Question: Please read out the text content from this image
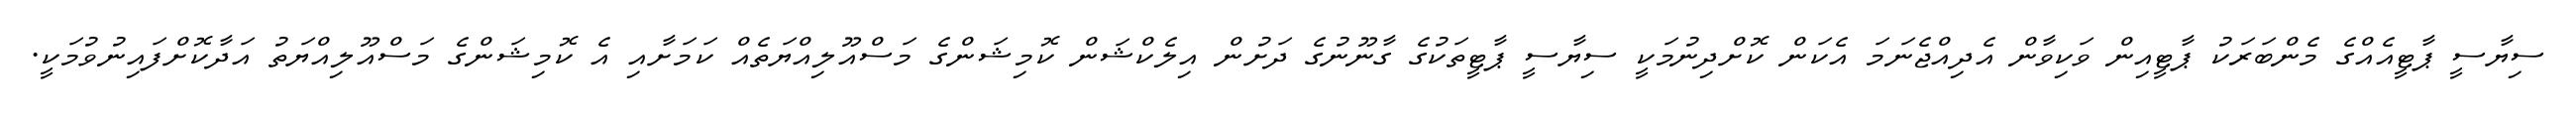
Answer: ސިޔާސީ ޕާޓީއެއްގެ މެންބަރަކު ޕާޓީއިން ވަކިވާން އެދިއްޖެނަމަ އެކަން ކޮށްދިނުމަކީ ސިޔާސީ ޕާޓީތަކުގެ ގާނޫނުގެ ދަށުން އިލެކްޝަން ކޮމިޝަންގެ މަސްއޫލިއްޔަތެއް ކަމަށާއި އެ ކޮމިޝަންގެ މަސްއޫލިއްޔަތު އަދާކޮށްފައިނުވުމަކީ.